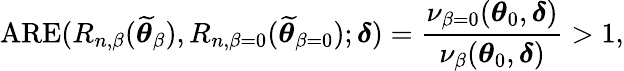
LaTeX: \mathrm{ARE}(R_{n,\beta}(\widetilde{\boldsymbol{\theta}}_{\beta}),R_{n,\beta=0}(\widetilde{\boldsymbol{\theta}}_{\beta=0});\boldsymbol{\delta})=\frac{\nu_{\beta=0}(\boldsymbol{\theta}_{0},\boldsymbol{\delta})}{\nu_{\beta}(\boldsymbol{\theta}_{0},\boldsymbol{\delta})}>1,